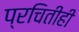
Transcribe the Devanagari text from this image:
प्रचितीही